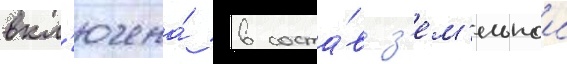
вкл'ючена́ в соста́в з'ем'ельнои